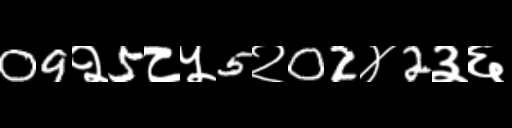
Text: 09२5८५5२02४2३६